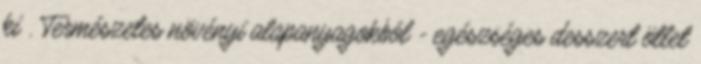
ki . Természetes növényi alapanyagokból - egészséges desszert ötlet